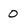
Character: 0